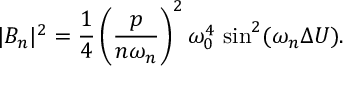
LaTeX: | B _ { n } | ^ { 2 } = { \frac { 1 } { 4 } } \left( { \frac { p } { n \omega _ { n } } } \right) ^ { 2 } \omega _ { 0 } ^ { 4 } \, \sin ^ { 2 } ( \omega _ { n } \Delta U ) .